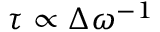
\tau \propto \Delta \omega ^ { - 1 }